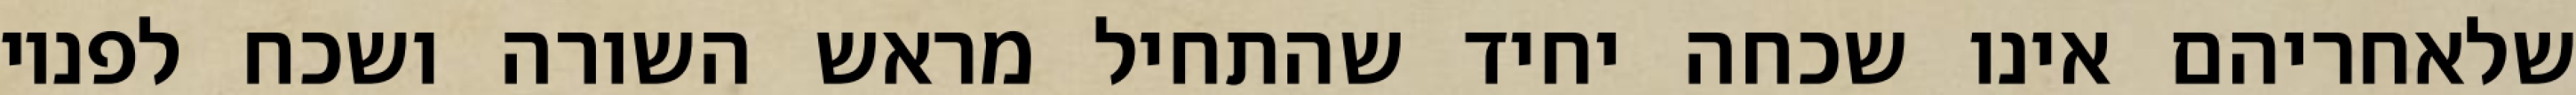
שלאחריהם אינו שכחה יחיד שהתחיל מראש השורה ושכח לפניו